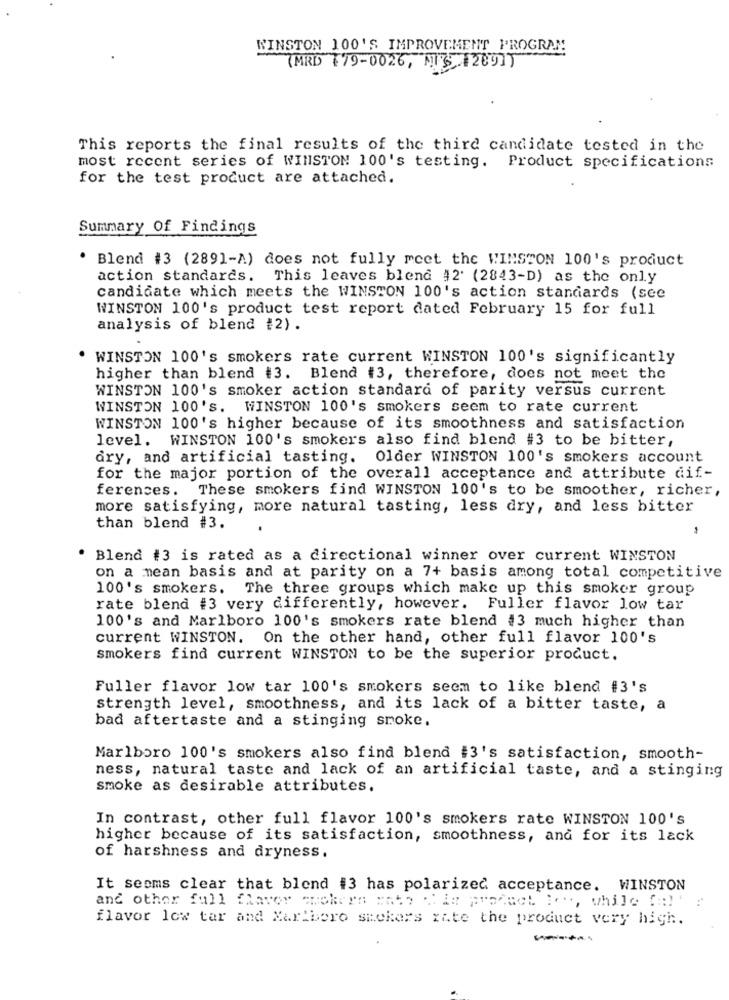
WINSTON 100'S IMPROVEMENT PROGRAM
(MRD 179-0026, MUS 1209])
This reports the final results of the third candidate tested in the
most recent series of WINSTON 100's testing. Product specifications
for the test product are attached.
Summary Of Findings
Blend #3 (2891-A) does not fully meet the WINSTON 100's product
action standards. This leaves blend #2' (2843-D) as the only
candidate which meets the WINSTON 100's action standards (see
WINSTON 100's product test report dated February 15 for full
analysis of blend #2) .
WINSTON 100's smokers rate current WINSTON 100's significantly
higher than blend #3. Blend #3, therefore, does not meet the
WINSTON 100's smoker action standard of parity versus current
WINSTON 100'S. WINSTON 100's smokers seem to rate current
WINSTON 100's higher because of its smoothness and satisfaction
level. WINSTON 100's smokers also find blend #3 to be bitter,
dry, and artificial tasting. Older WINSTON 100's smokers account
for the major portion of the overall acceptance and attribute dif-
ferences.
These smokers find WINSTON 100's to be smoother, richer,
more satisfying, more natural tasting, less dry, and less bitter
than blend #3.
. Blend #3 is rated as a directional winner over current WINSTON
on a mean basis and at parity on a 7+ basis among total competitive
100's smokers. The three groups which make up this smoker group
rate blend #3 very differently, however. Fuller flavor low tar
100's and Marlboro 100's smokers rate blend #3 much higher than
current WINSTON. On the other hand, other full flavor 100's
smokers find current WINSTON to be the superior product.
Fuller flavor low tar 100's smokers seem to like blend #3's
strength level, smoothness, and its lack of a bitter taste, a
bad aftertaste and a stinging smoke.
Marlboro 100's smokers also find blend #3's satisfaction, smooth-
ness, natural taste and lack of an artificial taste, and a stinging
smoke as desirable attributes.
In contrast, other full flavor 100's smokers rate WINSTON 100's
higher because of its satisfaction, smoothness, and for its lack
of harshness and dryness.
It seems clear that blend #3 has polarized acceptance. WINSTON
and other full flavor cokern =hte d'in product Ie, while (al ' :
flavor low tar and Marlboro smokers rate the product very high.
-